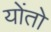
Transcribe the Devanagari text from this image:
योंतो